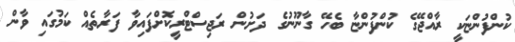
ކުންފުންޏަކީ ރާއްޖޭގެ ކުންފުންޏާ ބެހޭ ގާނޫނުގެ ދަށުން ރަޖިސްޓްރީކޮށްފައިވާ ފަރާތެއް ކަމުގައި ވާން